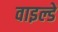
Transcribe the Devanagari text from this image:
वाइल्डे